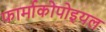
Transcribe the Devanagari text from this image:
फार्माकोपोइयल